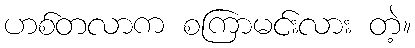
ဟစ်တလာက စကြာမင်းလား တဲ့။